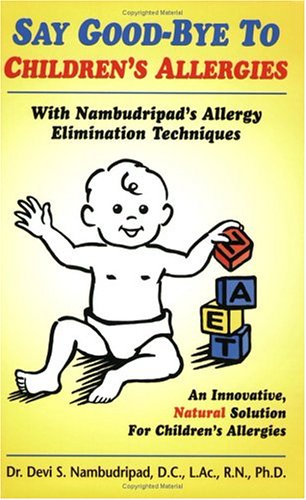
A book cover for Say Goodbye to Children's Allergies; Dr. Devi S. Nambudripad; Health, Fitness & Dieting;